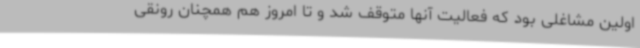
اولین مشاغلی بود که فعالیت آنها متوقف شد و تا امروز هم همچنان رونقی